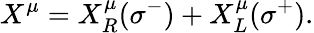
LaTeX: X^{\mu}=X_{R}^{\mu}(\sigma^{-})+X_{L}^{\mu}(\sigma^{+}).